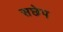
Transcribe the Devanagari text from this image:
सछेप